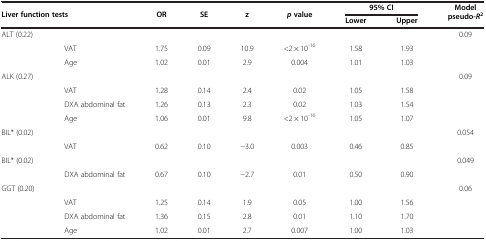
<table><thead><tr><td colspan="2"><b>Liver function tests</b></td><td><b>OR</b></td><td><b>SE</b></td><td><b>z</b></td><td><b><i>p </i>value</b></td><td colspan="2"><b>95% CI</b></td><td><b>Model pseudo-<i>R</i><sup>2</sup></b></td></tr><tr><td colspan="2"><b> </b></td><td><b> </b></td><td><b> </b></td><td><b> </b></td><td><b> </b></td><td><b>Lower</b></td><td><b>Upper</b></td><td><b> </b></td></tr></thead><tbody><tr><td>ALT (0.22)</td><td> </td><td> </td><td> </td><td> </td><td> </td><td> </td><td> </td><td>0.09</td></tr><tr><td> </td><td>VAT</td><td>1.75</td><td>0.09</td><td>10.9</td><td>&lt;2 × 10<sup>-16</sup></td><td>1.58</td><td>1.93</td><td> </td></tr><tr><td> </td><td>Age</td><td>1.02</td><td>0.01</td><td>2.9</td><td>0.004</td><td>1.01</td><td>1.03</td><td> </td></tr><tr><td>ALK (0.27)</td><td> </td><td> </td><td> </td><td> </td><td> </td><td> </td><td> </td><td>0.09</td></tr><tr><td> </td><td>VAT</td><td>1.28</td><td>0.14</td><td>2.4</td><td>0.02</td><td>1.05</td><td>1.58</td><td> </td></tr><tr><td> </td><td>DXA abdominal fat</td><td>1.26</td><td>0.13</td><td>2.3</td><td>0.02</td><td>1.03</td><td>1.54</td><td> </td></tr><tr><td> </td><td>Age</td><td>1.06</td><td>0.01</td><td>9.8</td><td>&lt;2 × 10<sup>-16</sup></td><td>1.05</td><td>1.07</td><td> </td></tr><tr><td>BIL* (0.02)</td><td> </td><td> </td><td> </td><td> </td><td> </td><td> </td><td> </td><td>0.054</td></tr><tr><td> </td><td>VAT</td><td>0.62</td><td>0.10</td><td>−3.0</td><td>0.003</td><td>0.46</td><td>0.85</td><td> </td></tr><tr><td>BIL* (0.02)</td><td> </td><td> </td><td> </td><td> </td><td> </td><td> </td><td> </td><td>0.049</td></tr><tr><td> </td><td>DXA abdominal fat</td><td>0.67</td><td>0.10</td><td>−2.7</td><td>0.01</td><td>0.50</td><td>0.90</td><td> </td></tr><tr><td>GGT (0.20)</td><td> </td><td> </td><td> </td><td> </td><td> </td><td> </td><td> </td><td>0.06</td></tr><tr><td> </td><td>VAT</td><td>1.25</td><td>0.14</td><td>1.9</td><td>0.05</td><td>1.00</td><td>1.56</td><td> </td></tr><tr><td> </td><td>DXA abdominal fat</td><td>1.36</td><td>0.15</td><td>2.8</td><td>0.01</td><td>1.10</td><td>1.70</td><td> </td></tr><tr><td> </td><td>Age</td><td>1.02</td><td>0.01</td><td>2.7</td><td>0.007</td><td>1.00</td><td>1.03</td><td> </td></tr></tbody></table>